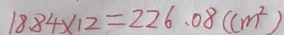
1 8 . 8 4 \times 1 2 = 2 2 6 . 0 8 ( c m ^ { 2 } )